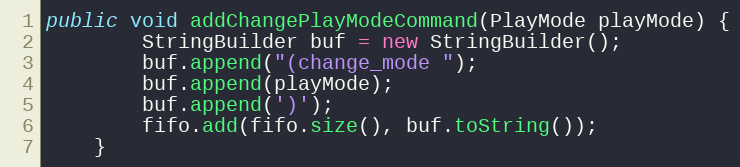
Language: Java
public void addChangePlayModeCommand(PlayMode playMode) {
        StringBuilder buf = new StringBuilder();
        buf.append("(change_mode ");
        buf.append(playMode);
        buf.append(')');
        fifo.add(fifo.size(), buf.toString());
    }